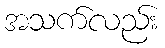
အသက်လည်း